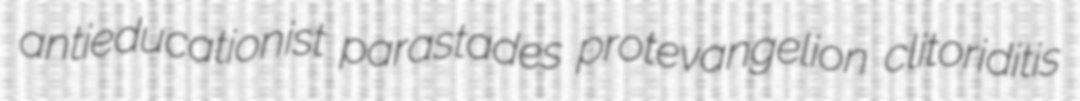
antieducationist parastades protevangelion clitoriditis